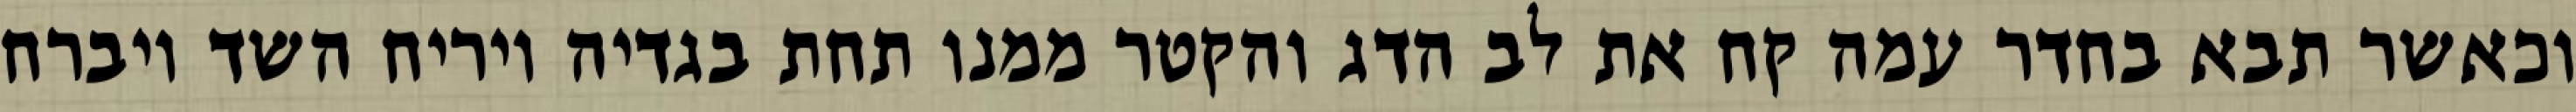
וכאשר תבא בחדר עמה קח את לב הדג והקטר ממנו תחת בגדיה ויריח השד ויברח